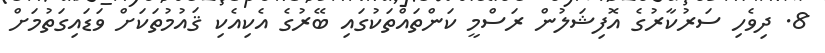
8. ދިވެހި ސަރުކާރުގެ އޮފިޝަލުން ރަސްމީ ކަންތައްތަކުގައި ބޭރުގެ އެކިއެކި ޤައުމުތަކަށް ވަޑައިގަތުމަށް